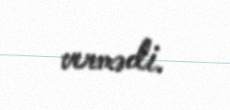
vermədi.